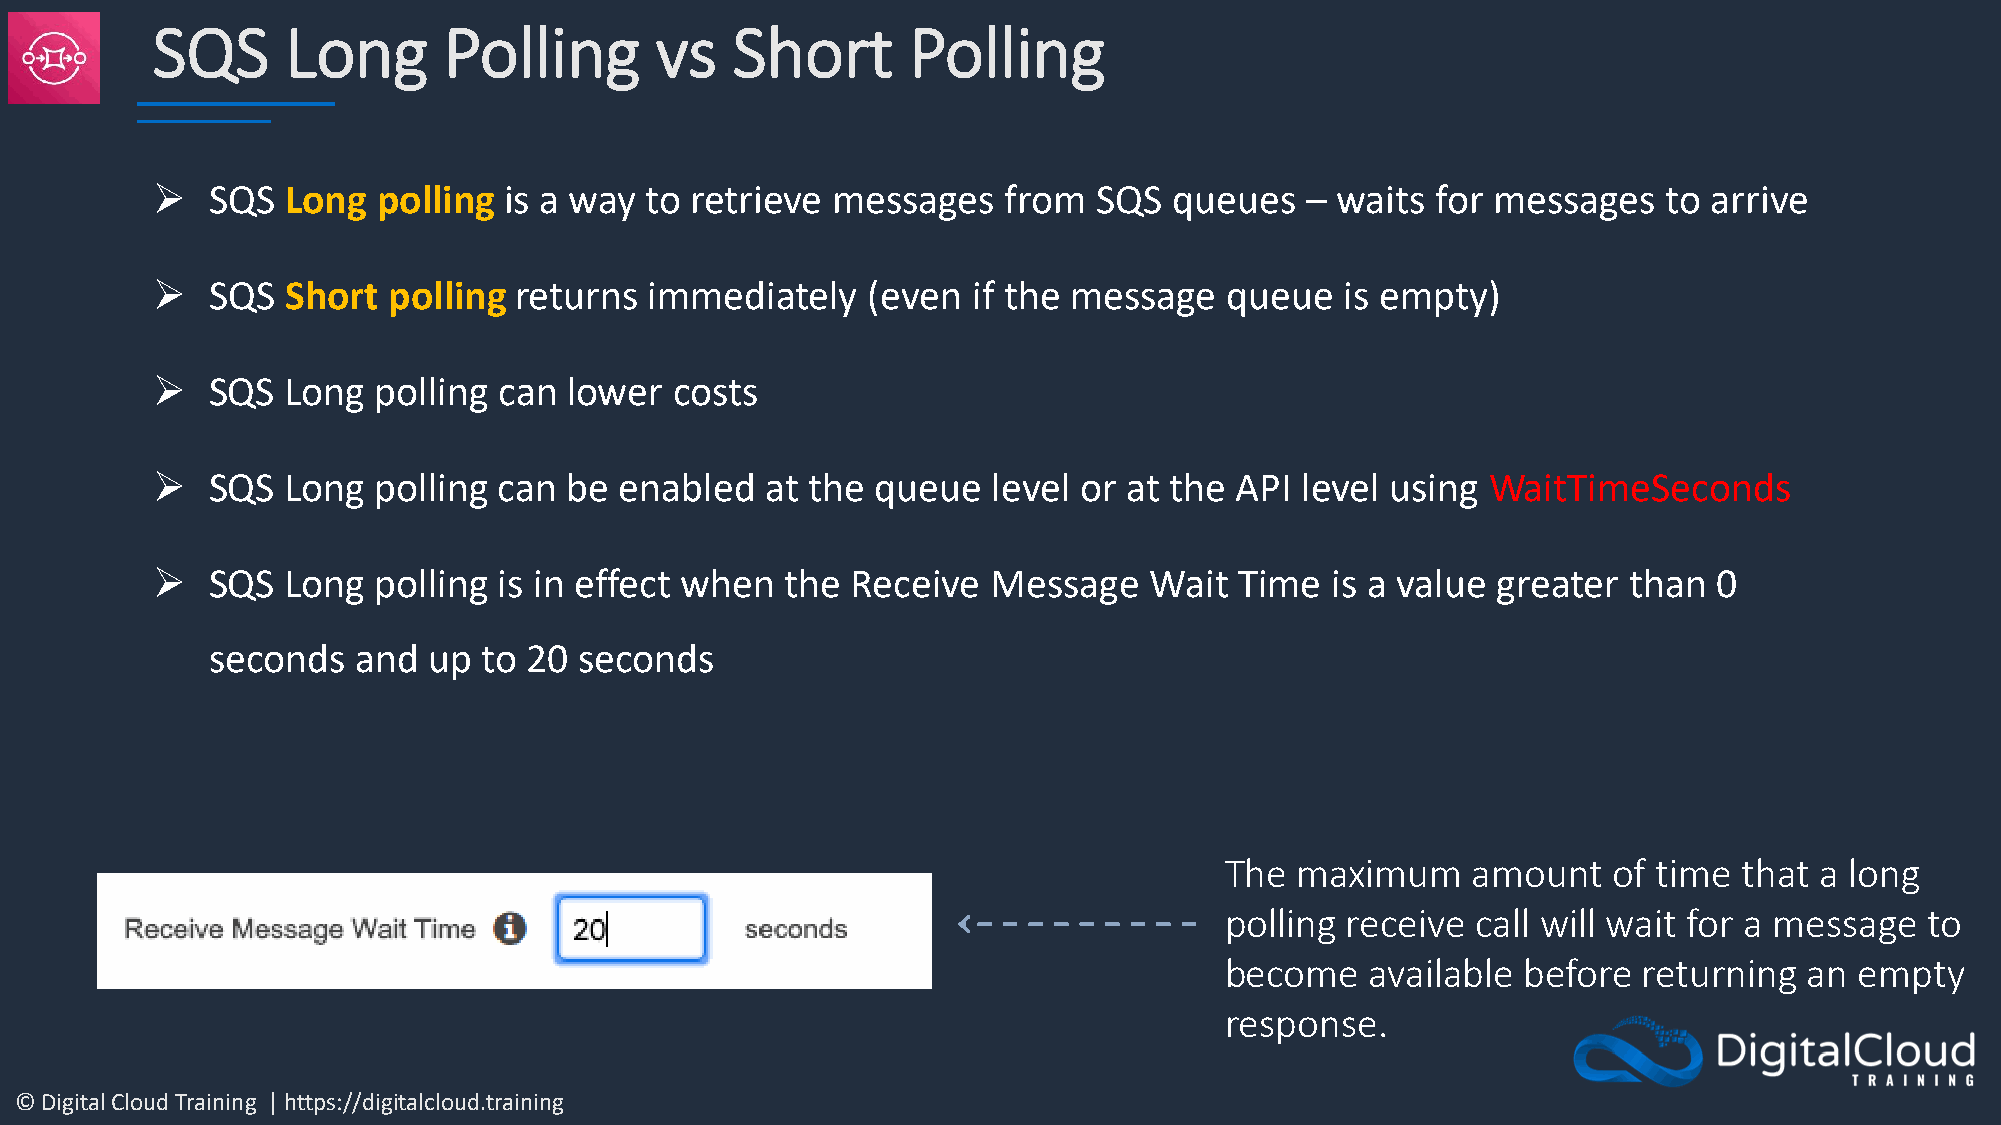
SQS      Long      Polling       vs   Short       Polling
 ➢   SQS  Long  polling is a way  to retrieve messages    from  SQS  queues  – waits  for messages   to arrive
 ➢   SQS  Short  polling returns  immediately   (even  if the message   queue   is empty)
 ➢   SQS  Long  polling can  lower  costs
 ➢   SQS  Long  polling can  be enabled   at the queue   level or at the API level using  WaitTimeSeconds
 ➢   SQS  Long  polling is in effect when  the Receive   Message   Wait  Time  is a value greater  than  0
 seconds  and  up  to 20 seconds
 The  maximum    amount    of time that a long
 polling receive  call will wait for a message to
 become    available before  returning  an empty
 response.
 © Digital Cloud Training | https://digitalcloud.training